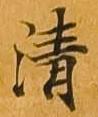
清